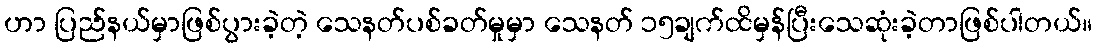
ဟာ ပြည်နယ်မှာဖြစ်ပွားခဲ့တဲ့ သေနတ်ပစ်ခတ်မှုမှာ သေနတ် ၁၅ချက်ထိမှန်ပြီးသေဆုံးခဲ့တာဖြစ်ပါတယ်။